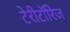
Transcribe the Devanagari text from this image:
टेरीटॉरिज